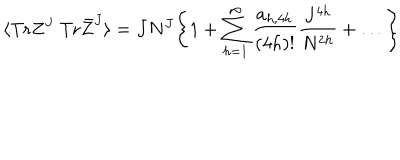
\langle \mathrm { T r } Z ^ { J } ~ \mathrm { T r } \bar { Z } ^ { J } \rangle = J N ^ { J } \Bigg \{ 1 + \sum _ { h = 1 } ^ { \infty } { \frac { a _ { h , 4 h } } { ( 4 h ) ! } } { \frac { J ^ { 4 h } } { N ^ { 2 h } } } + \ldots \Bigg \}